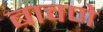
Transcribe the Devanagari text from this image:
बावणे